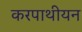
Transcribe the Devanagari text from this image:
करपाथीयन